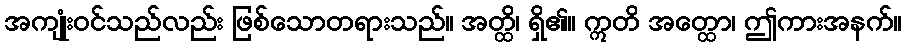
အကျုံးဝင်သည်လည်း ဖြစ်သောတရားသည်။ အတ္ထိ၊ ရှိ၏။ ဣတိ အတ္ထော၊ ဤကားအနက်။